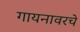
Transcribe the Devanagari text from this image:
गायनावरचे